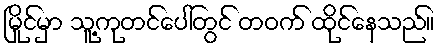
မြိုင်မှာ သူ့ကုတင်ပေါ်တွင် တဝက် ထိုင်နေသည်။